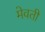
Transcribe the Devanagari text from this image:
मेवती